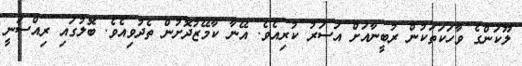
ލޫކަންގެ ވާހަކަތަކުން ރުބީނާއަށް އަސަރު ކުރިއެވެ. އޭނާ ކާމޭޒުދޮށުން ތެދުވިއެވެ. ބޮލުގައި ރިއްސަނީ